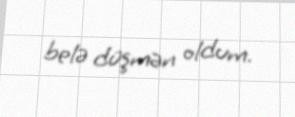
belə düşmən oldum.